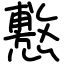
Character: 懯